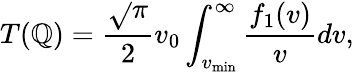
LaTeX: T(\mathbb{Q})=\frac{{\sqrt{}{{\pi}}}}{{2}}v_{0}\int_{v_{\mathrm{{min}}}}^{\infty}{\frac{{f_{1}(v)}}{{v}}dv},